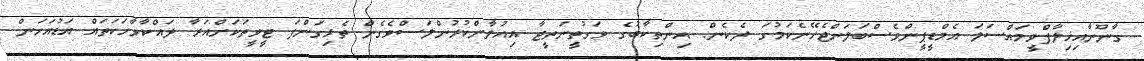
ގާނޫނާއިޚިލާފްވީމައްސަލަ އެމްޑީޕީންވެސްބަލަންޖެހޭނެކަމުގަ ދެކެން. އިންތިކާބުގެ ވަގުތީނަތީޖާ އިއުލާންކުރުންލަސްވެގެން ތެޅިގަންފަ ޓީވީތަކަށްއަރާ ދައްކާވާހަކަތައް އަޑުއަހަން